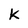
Character: k